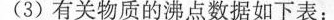
(3)有关物质的沸点数据如下表：